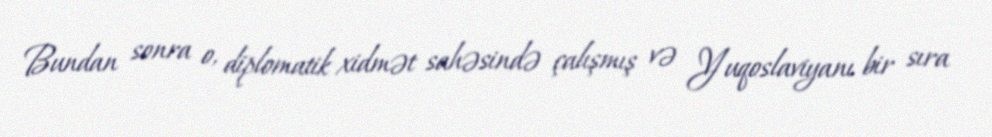
Bundan sonra o, diplomatik xidmət sahəsində çalışmış və Yuqoslaviyanı bir sıra